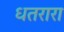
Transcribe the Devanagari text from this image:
धतरारा